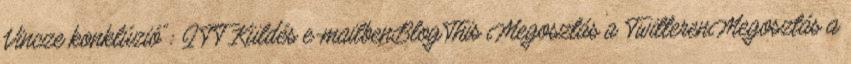
Vincze konklúzió": ITT Küldés e-mailbenBlogThis Megosztás a TwitterenMegosztás a